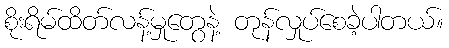
စိုးရိမ်ထိတ်လန့်မှုတွေနဲ့ တုန်လှုပ်စေခဲ့ပါတယ်။